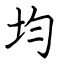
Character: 均